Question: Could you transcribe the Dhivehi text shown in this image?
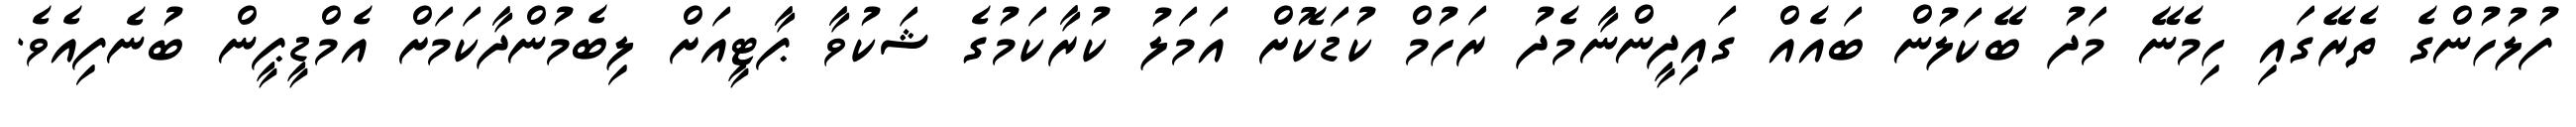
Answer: ފުލުހުންގެ ތެރޭގައި ހިމެނޭ މަދު ބޭކަލުން ބައެއް ގައިދީންނާމެދު ރަހުމް ކުޑަކޮށް އަމަލު ކުރާކަމުގެ ޝަކުވާ ޕާޓީއަށް ލިބެމުންދާކަމަށް އެމްޑީޕީން ބުނެފިއެވެ.